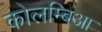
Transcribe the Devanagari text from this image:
कोलम्बिआ